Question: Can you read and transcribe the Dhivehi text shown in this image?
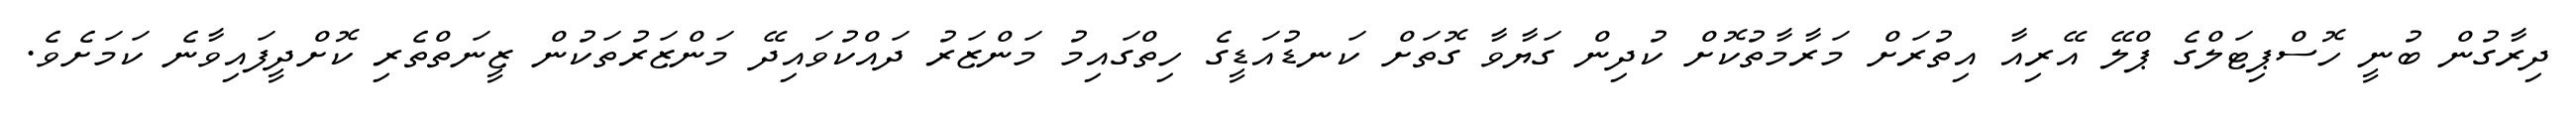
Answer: ދިރާގުން ބުނީ ހޮސްޕިޓަލްގެ ޕްލޭ އޭރިއާ އިތުރަށް މަރާމާތުކޮށް ކުދިން ގަޔާވާ ގޮތަށް ކަނޑުއަޑީގެ ހިތްގައިމު މަންޒަރު ދައްކުވައިދޭ މަންޒަރުތަކުން ޒީނަތްތެރި ކޮށްދީފައިވާނެ ކަމަށެވެ.